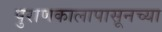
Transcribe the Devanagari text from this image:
पुराणकालापासूनच्या